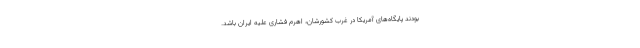
بودند پایگاه‌های آمریکا در غرب کشورشان، اهرم فشاری علیه ایران باشد.